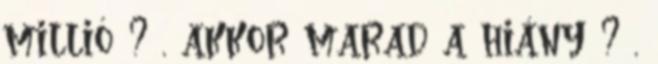
millió ? , akkor marad a hiány ? ,